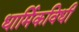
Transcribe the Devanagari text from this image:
धार्मिकविधी